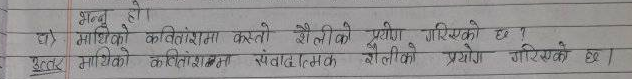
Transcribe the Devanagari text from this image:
माथिको कवितांशमा कस्तो शैलीको प्रयोग गरिएको छ ?
उत्तर माथिको कवितांशममा संवादात्मक शैलीको प्रयोग गरिएको छ।